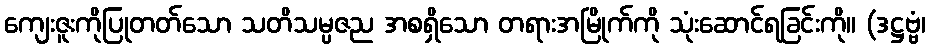
ကျေးဇူးကိုပြုတတ်သော သတိသမ္ပဇည အစရှိသော တရားအမြိုက်ကို သုံးဆောင်ရခြင်းကို။ (ဒဋ္ဌဗ္ဗံ၊